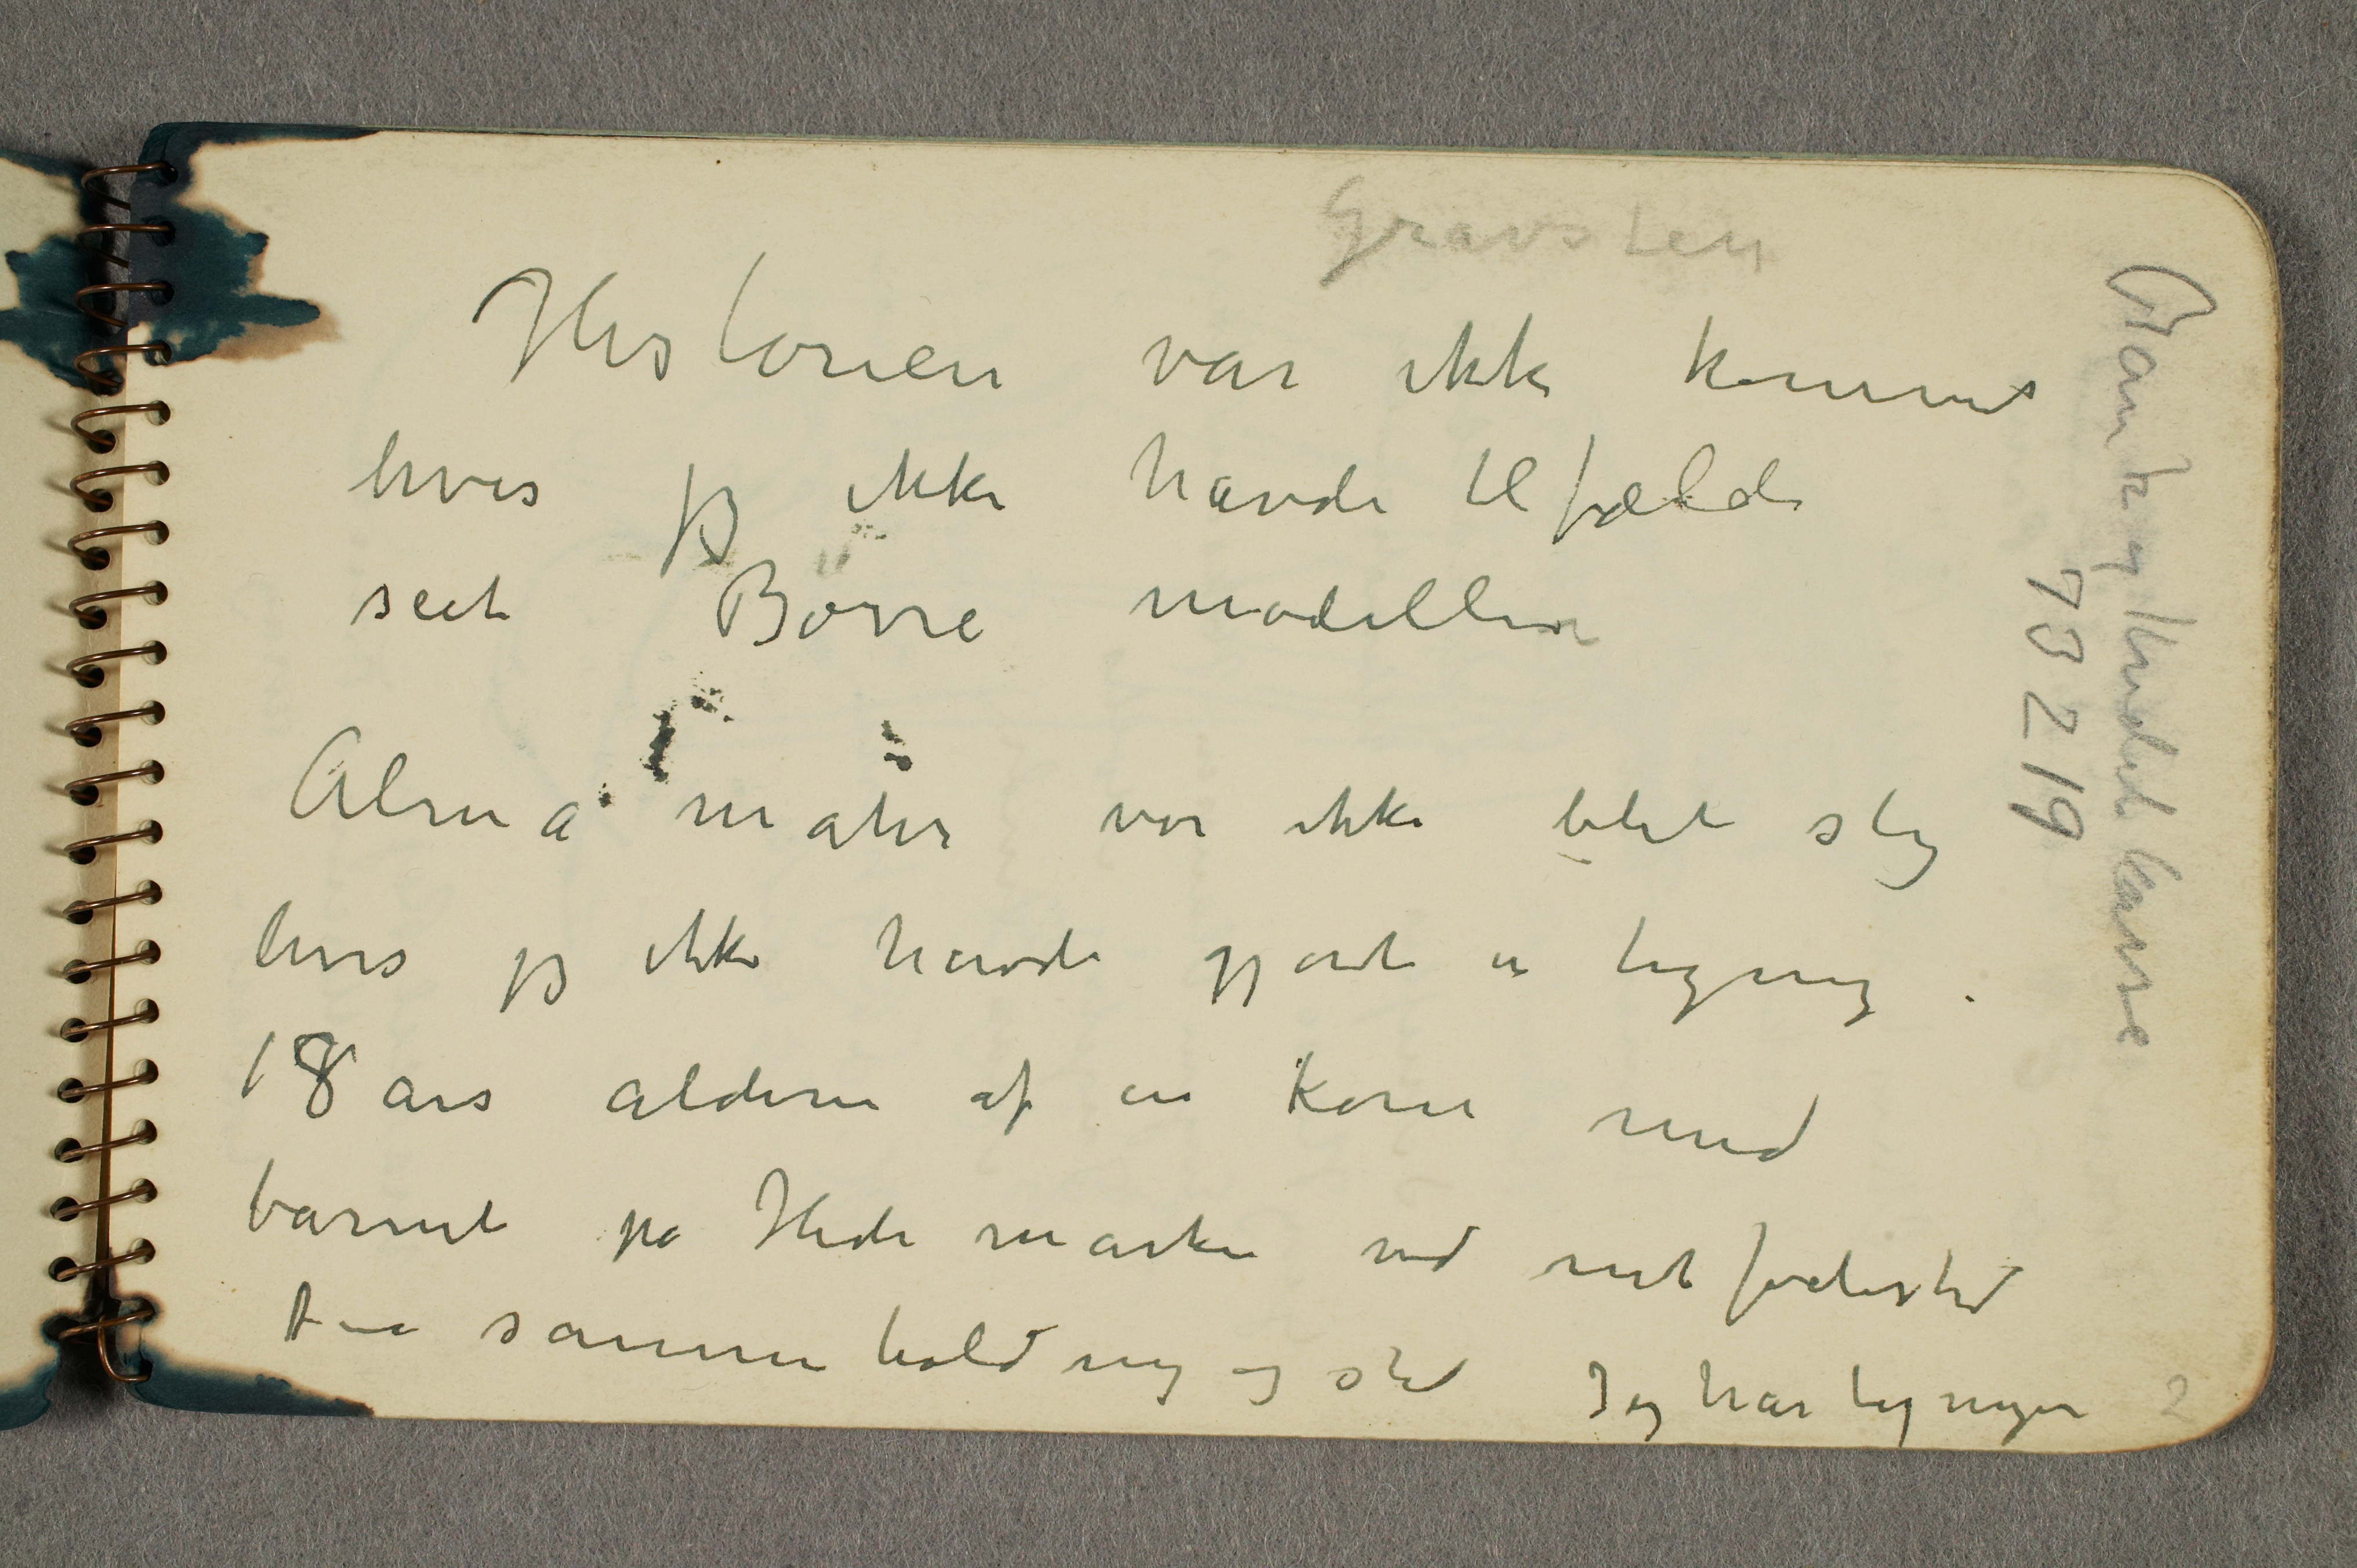
Gravsten
Historien var ikke kommet
hvis jeg ikke havde tilfældi
seet Børne modellen
Alma Mater var ikke blit slig
hvis jeg ikke havde gjort en tegning i
18års alderen af en kone med
barnet på Hedemarken ved mit fødested
til sammen holding og stil Jeg har tegningen

Bank og Handelkasse
73219